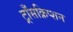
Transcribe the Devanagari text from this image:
ट्राँसक्रिप्शन